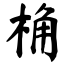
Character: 桷